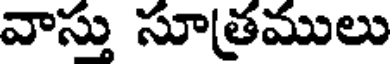
వాస్తు సూత్రములు